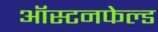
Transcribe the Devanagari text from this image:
ऑस्टनफेल्ड